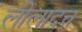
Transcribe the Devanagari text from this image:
लीलादत्त